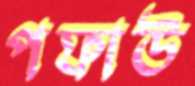
পফাউ